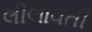
લીલાવતી